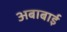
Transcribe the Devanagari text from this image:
अबाबाई